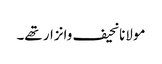
مولانانحیف وانزار تھے۔